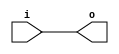
module lvcmos_buffer (
    input wire i,
    output wire o
);
    
    assign o = i;
    
endmodule